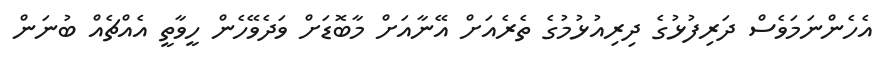
އެހެންނަމަވެސް ދަރިފުޅުގެ ދިރިއުޅުމުގެ ތެރެއަށް އޭނާއަށް މާބޮޑަށް ވަދެވޭހެން ހީވާތީ އެއްޗެއް ބުނަން